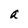
Character: a